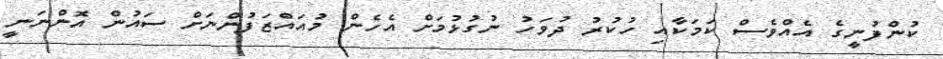
ކުންފުނީގެ އެއްވެސް ކަމަކާއި ހުކުރު ދުވަހު ނުގުޅުމަށް އެހެން މުއައްޒަފުންނަށް ސައުން އޮންނަނީ